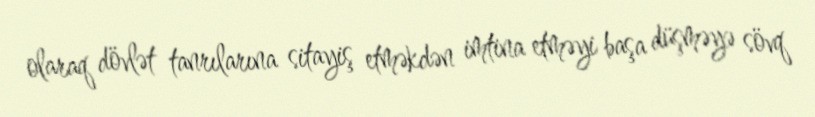
olaraq dövlət tanrılarına sitayiş etməkdən imtina etməyi başa düşməyə sövq